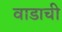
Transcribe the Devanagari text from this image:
वाडाची